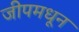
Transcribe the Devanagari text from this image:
जीपमधून